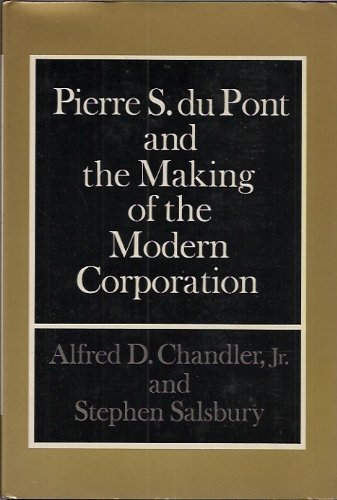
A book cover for Pierre S. Du Pont and the Making of the Modern Corporation; Alfred Dupont Chandler; Business & Money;